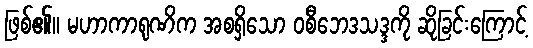
ဖြစ်၏။ မဟာကာရုဏိက အစရှိသော ဝစီဘေဒသဒ္ဒကို ဆိုခြင်းကြောင့်